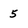
Character: 5